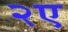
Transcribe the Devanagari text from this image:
२ए